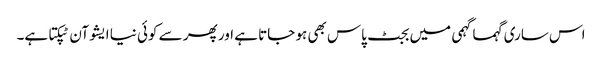
اس ساری گہما گہمی میں بجٹ پاس بھی ہو جاتا ہے اور پھر سے کوئی نیا ایشو آن ٹپکتا ہے۔